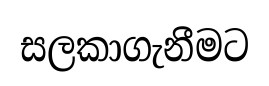
සලකාගැනීමට